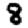
Digit: 8